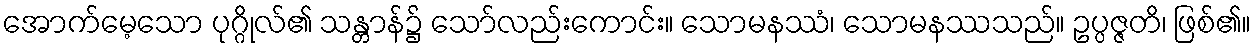
အောက်မေ့သော ပုဂ္ဂိုလ်၏ သန္တာန်၌ သော်လည်းကောင်း။ သောမနဿံ၊ သောမနဿသည်။ ဥပ္ပဇ္ဇတိ၊ ဖြစ်၏။